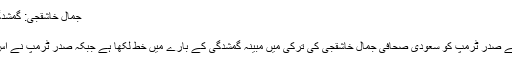
جمال خاشقجی: گمشدگی میں سعودی ہاتھ ہوا تو بھاری قیمت چکانا ہو گی
Oct 11, 2018, 10:28 am
امریکہ(سنگرنیوز) امریکی سینیٹ کے 22 ارکان نے صدر ٹرمپ کو سعودی صحافی جمال خاشقجی کی ترکی میں مبینہ گمشدگی کے بارے میں خط لکھا ہے جبکہ صدر ٹرمپ نے اس معاملے کی تہہ تک پہنچنے کا عزم ظاہر کیا ہے۔